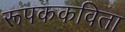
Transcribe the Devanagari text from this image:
रूपककविता